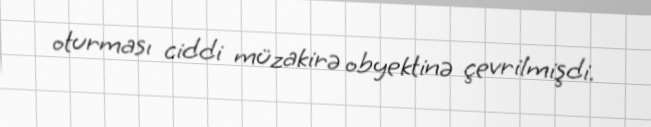
oturması ciddi müzakirə obyektinə çevrilmişdi.